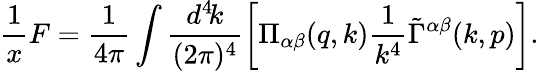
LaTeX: \frac{1}{x}F=\frac{1}{4\pi}\int\frac{d^{4}\! k}{(2\pi)^{4}}\biggl[\Pi_{\alpha\beta}(q,k)\frac{1}{k^{4}}\tilde{\Gamma}^{\alpha\beta}(k,p)\biggr].